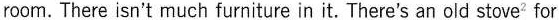
room. There isn't much furniture in it.There's an old stove^{2} for